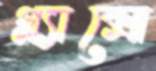
গ্ল্যাক্সো